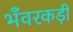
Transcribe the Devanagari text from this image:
भँवरकड़ी